Scientific memoirs by medical officers of the Army of India - Part III,
Year: 1887
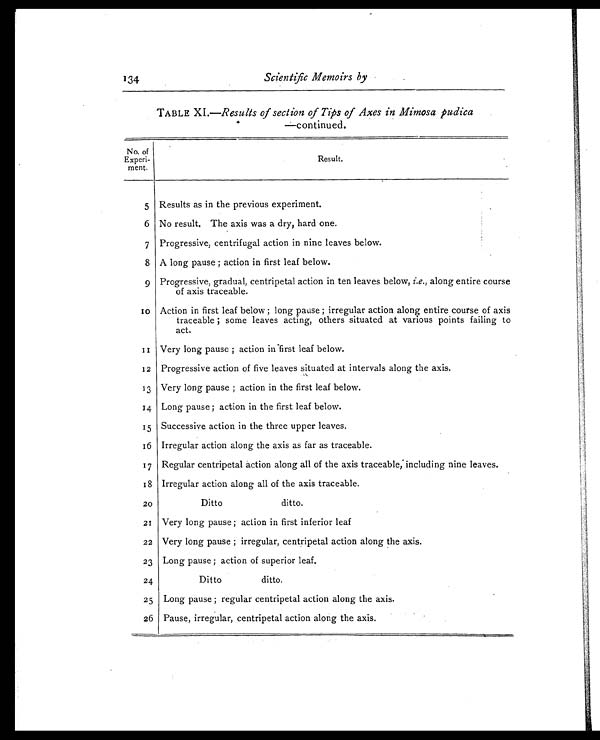
134 Scientific Memoirs by
TABLE XI.—Results of section of Tips of Axes in Mimosa pudica
—continued.
No. of
Experi-
ment.
Result.
5 Results as in the previous experiment.
6 No result. The axis was a dry, hard one.
7 Progressive, centrifugal action in nine leaves below.
8 A long pause ; action in first leaf below.
9 Progressive, gradual, centripetal action in ten leaves below, i.e., along entire course
of axis traceable.
1 0 Action in first leaf below ; long pause ; irregular action along entire course of axis
traceable ; some leaves acting, others situated at various points failing to
act.
1 1 Very long pause ; action in first leaf below.
12
Progressive action of five leaves situated at intervals along the axis.
13 Very long pause ; action in the first leaf below.
14 Long pause ; action in the first leaf below.
15 Successive action in the three upper leaves.
16 Irregular action along the axis as far as traceable.
17 Regular centripetal action along all of the axis traceable, including nine leaves.
18 Irregular action along all of the axis traceable.
20
Ditto
ditto.
21
Very long pause ; action in first inferior leaf
22
Very long pause ; irregular, centripetal action along the axis.
23 Long pause ; action of superior leaf.
24
Ditto
ditto.
25 Long pause ; regular centripetal action along the axis.
26 Pause, irregular, centripetal action along the axis.